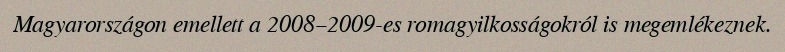
Magyarországon emellett a 2008–2009-es romagyilkosságokról is megemlékeznek.